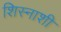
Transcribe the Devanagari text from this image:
शिस्नाशी